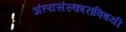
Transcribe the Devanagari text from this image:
अंत्यसंस्कारांविषयी